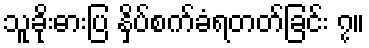
သူခိုးဓားပြ နှိပ်စက်ခံရတတ်ခြင်း ၇။